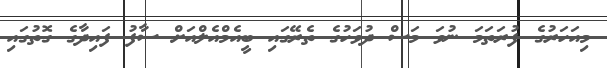
މިއަހަރުގެ ފުރަތަމަ ނުވަ މަސް ދުވަހުގެ ތެރޭގައި ބީއެމްއެލްއަށް ސާފު ފައިދާގެ ގޮތުގައި